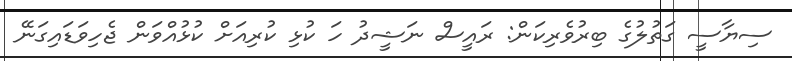
ސިޔާސީ ގަތުލުގެ ބިރުވެރިކަން: ރައީސް ނަޝީދު ހަ ކުޅި ކުރިއަށް ކުޅުއްވަން ޖެހިވަޑައިގަނޭ